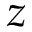
z